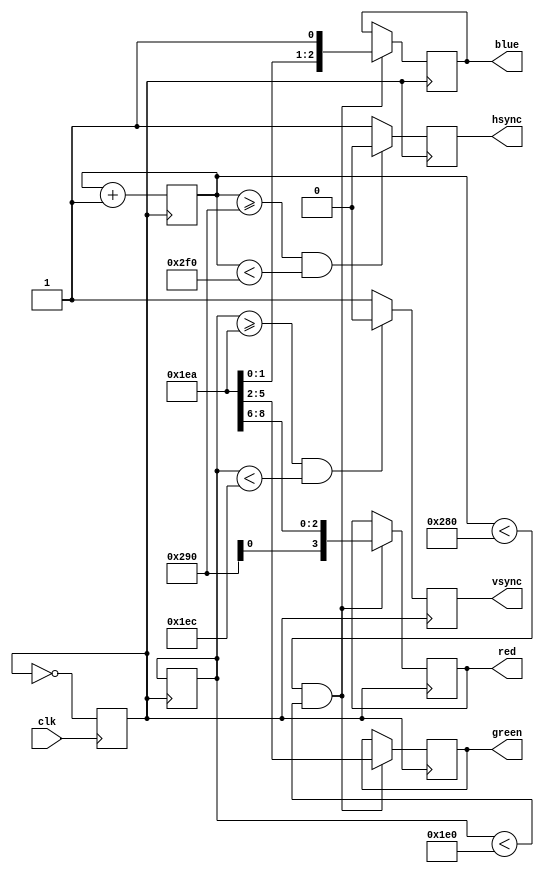
// Title: VGA Monitor interface using Altera DE1 Board
// Aim: Write a Verilog code for displaying 3 squares on monitor with different colour. Size and position of the square should be controllable. Implement the design on DE1 board.
// Programmer name: Ashish Ashok Gopal, 1702005, FY MTech
// Department: Department of Electronics Engineering
// Mentor: Prof. Arati Phadke
// Department: Department of Electronics Engineering

// ***************Program starts here*************************

module VGAExpansionModule(clk,hsync,vsync,red,green,blue);
	// Colours to be displayed on 
	output reg [3:0] red;
	output reg [3:0] green;
	output reg [3:1] blue;
	
	// Horizontal and vertical sync for VGA
	output reg hsync,vsync;
	
	// Main clock input (24Mhz)
	input clk;

	// Internal registers
	reg clk1=1'b0;			// New clock
	reg [10:0] rgb;			
	reg [2000:0] counter;
	
	// Setting resolution of the screen
	reg hcount=640;
	reg vcount=480;
	
	// Setting counts from where it should start
	reg nexthcount=641;
	reg nextvcount=481;

	// New clock definition
	always @(posedge clk) 
		clk1 = ~clk1;
	
	always@(posedge clk1)
		begin
		//Maximum Horizontal count is limited to 799 for 640 x 480 display so
		//that it will fit the screen.
			if (hcount==799)
			begin
				hcount<=0;
				//Maximum Vertical count is limited to 524 for 640 x 480 display so
				//that it fit's the screen.
				if(vcount==524)
					vcount<=0;
				else
					vcount <= vcount + 1;
				end
			else
				hcount <= hcount + 1;
				
			if (nexthcount == 799)
				begin
					nexthcount <= 0;
					// Make sure we got the roll over covered
					if (nextvcount == 524)
						nextvcount <= 0;
					else
						nextvcount <= vcount + 1;
				end
			else
				nexthcount <= hcount + 1;
			
			//Check if the count is within the minimum and maximum value for proper generation of the vertical sync signal
			if (vcount >= 490 && vcount < 492)
				vsync <= 1'b0;
			else
				vsync <= 1'b1;
			
			//Check if the count is within the minimum and maximum value for proper generation of the horizontal sync signal
			if (hcount >= 656 && hcount < 752)
				hsync <= 1'b0;
			else
				hsync <= 1'b1;
			
			//If in display range then display the pixel.
			if (hcount < 640 && vcount < 480)
				begin
					red<= rgb [10:7];
					green<= rgb [6:3];
					blue<= rgb [2:0];
				end
		end
endmodule

module finaloutput(outputwidth,outputheight,clk,hcounter,vcounter,pixels);
	// Defining the width and the height of the displayed text
	output reg outputwidth = 250;
	output reg outputheight = 200;
	
	// This counter will tell whether the correct position on the screen is reached or not where the data is to be displayed.
	input [1023:0] hcounter;
	input [1023:0] vcounter;
	
	// Connect 50Mhz clock here.
	input clk;
	
	output reg [10:0] pixels;
	
	// Defining registers telling the exact position on display.
	reg [1023:0] x;
	reg [1023:0] y;

	always @(posedge clk)
		begin
		if(hcounter >= outputwidth && hcounter < 200 && vcounter >= outputheight && vcounter < 200)
			pixels <= 11'b11110000000;
		else if (hcounter >= (100 + outputwidth )&& hcounter < 300 && vcounter >= (100+outputheight) && vcounter <300)
			pixels <= 11'b01100000110;
		else if (hcounter >= (200 + outputwidth ) && (hcounter < 400)&& (vcounter >= (200+outputheight)) && (vcounter <400))
			pixels <= 11'b00000000111;
		else
			pixels<=11'b 00000000000;
		end
endmodule 

// ***************Program ends here*************************